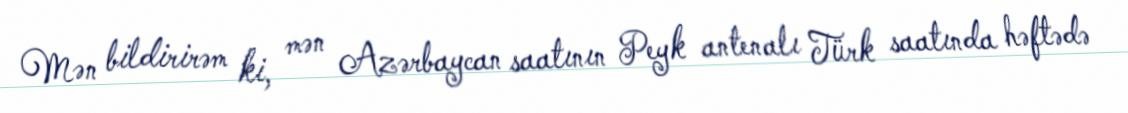
Mən bildirirəm ki, mən Azərbaycan saatının Peyk antenalı Türk saatında həftədə